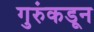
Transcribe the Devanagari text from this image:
गुरुंकडून